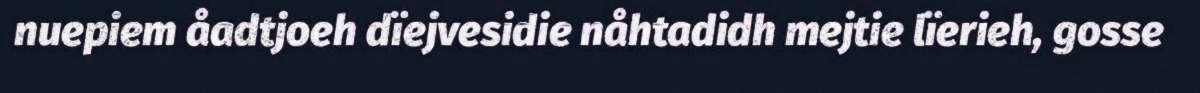
nuepiem åadtjoeh dïejvesidie nåhtadidh mejtie lïerieh, gosse